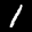
Label: 1